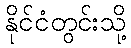
နိုင်ငံတွင်းသို့